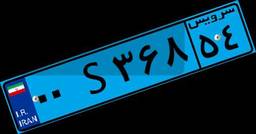
۰۰S۳۶۸۵۴